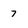
Character: 7